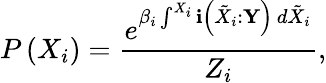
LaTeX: P\left(X_{i}\right)=\frac{e^{\beta_{i}\int^{X_{i}}\mathbf{i}\left(\tilde{X}_{i}:\mathbf{Y}\right)\, d\tilde{X}_{i}}}{Z_{i}},